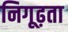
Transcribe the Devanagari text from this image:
निगूढ़ता